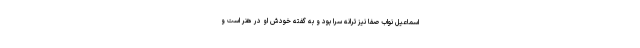
اسماعیل نواب صفا نیز ترانه سرا بود و به گفته خودش او در هنر است و